画像に写った文字を読んでください
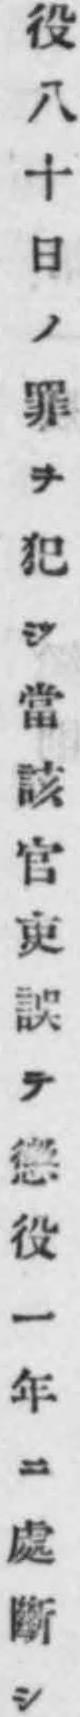
「役八十日ノ罪ヲ犯シ當該官吏誤テ懲役一年ニ處斷シ」と書いてあります